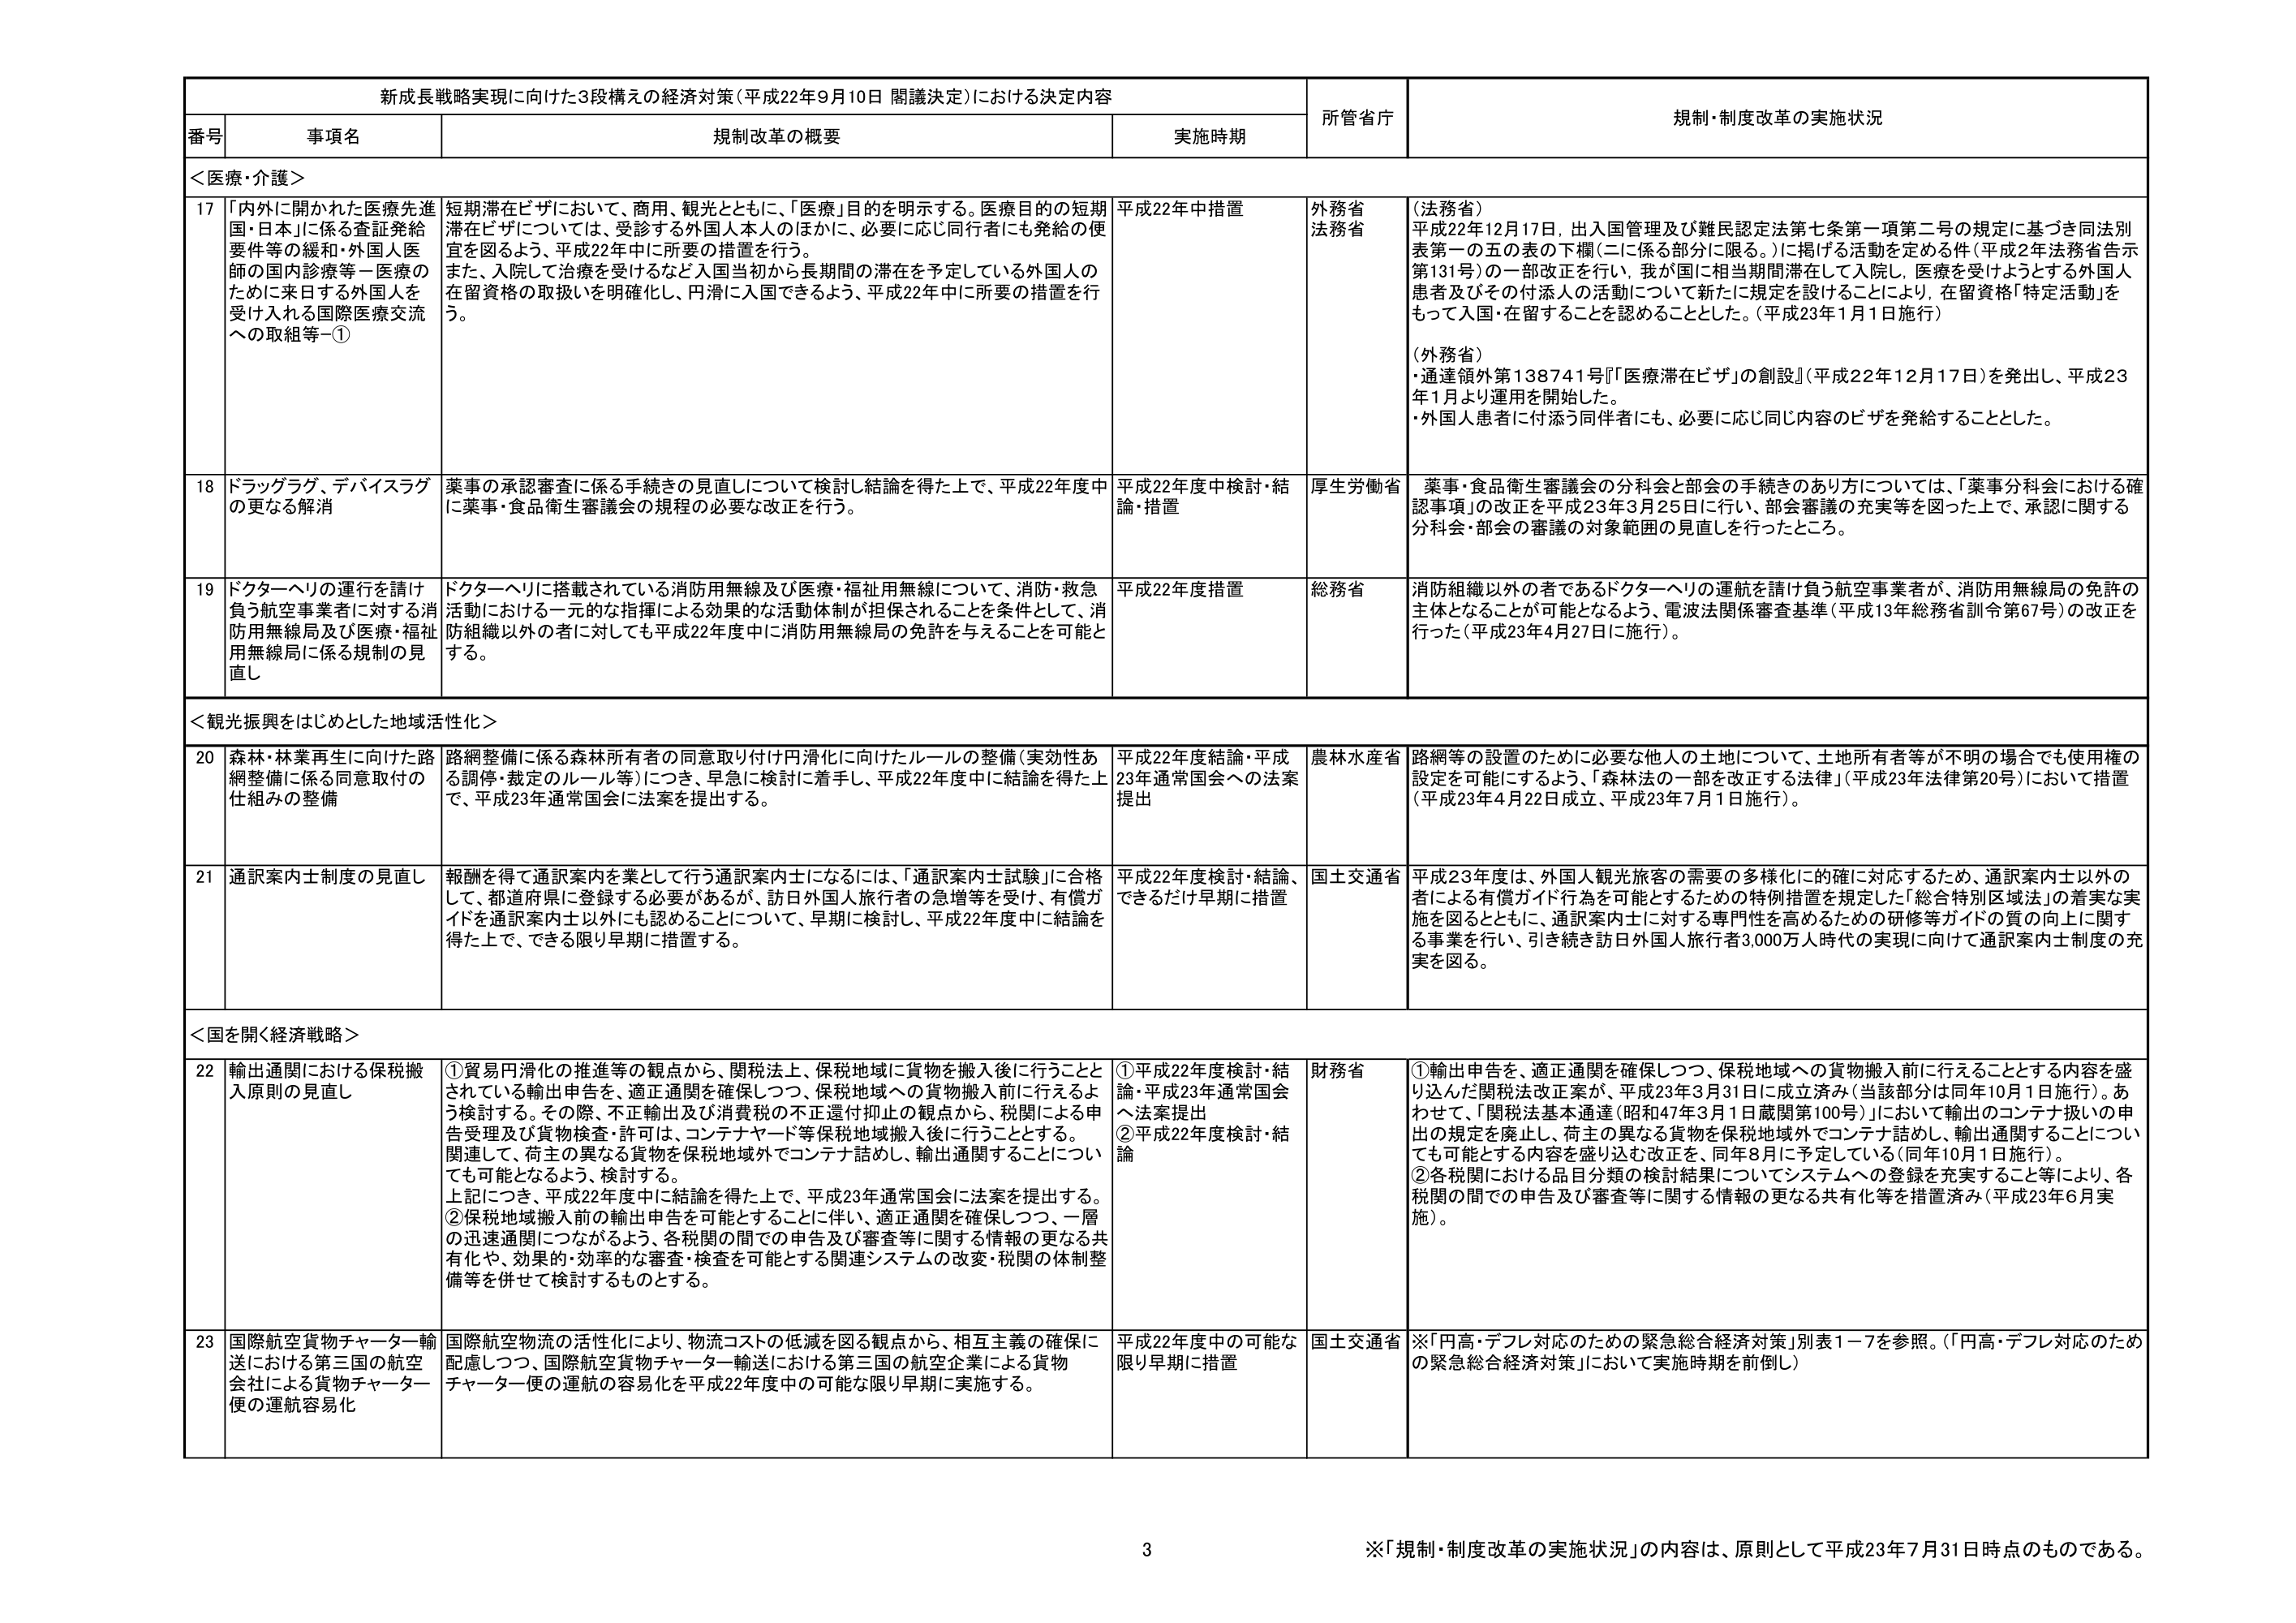
新成長戦略実現に向けた3段構えの経済対策（平成22年9月10日 閣議決定）における決定内容

番号 事項名 規制改革の概要 実施時期 所管省庁 規制・制度改革の実施状況

＜医療・介護＞

17 「内外に開かれた医療先進国・日本」に係る査証発給要件等の緩和・外国人医師の国内診療等－医療のために来日する外国人を受け入れる国際医療交流への取組等－① 短期滞在ビザにおいて、商用、観光とともに、「医療」目的を明示する。医療目的の短期滞在ビザについては、受診する外国人本人のほかに、必要に応じ同行者にも発給の便宜を図るよう、平成22年中に所要の措置を行う。 また、入院して治療を受けるなど入国当初から長期間の滞在を予定している外国人の在留資格の取扱いを明確化し、円滑に入国できるよう、平成22年中に所要の措置を行う。 平成22年中措置 外務省 法務省 （法務省） 平成22年12月17日、出入国管理及び難民認定法第七条第一項第二号の規定に基づき同法別表第一の五の表の下欄（二に係る部分に限る。）に掲げる活動を定める件（平成2年法務省告示第131号）の一部改正を行い、我が国に相当期間滞在して入院し、医療を受けようとする外国人患者及びその付添人の活動について新たに規定を設けることにより、在留資格「特定活動」をもって入国・在留することを認めることとした。（平成23年1月1日施行） （外務省） ・通達領外第138741号『「医療滞在ビザ」の創設』（平成22年12月17日）を発出し、平成23年1月より運用を開始した。 ・外国人患者に付添う同伴者にも、必要に応じ同じ内容のビザを発給することとした。

18 ドラッグラグ、デバイスラグの更なる解消 薬事の承認審査に係る手続きの見直しについて検討し結論を得た上で、平成22年度中に薬事・食品衛生審議会の規程の必要な改正を行う。 平成22年度中検討・結論・措置 厚生労働省 薬事・食品衛生審議会の分科会と部会の手続きのあり方については、「薬事分科会における確認事項」の改正を平成23年3月25日に行い、部会審議の充実等を図った上で、承認に関する分科会・部会の審議の対象範囲の見直しを行ったところ。

19 ドクターヘリの運行を請け負う航空事業者に対する消防用無線局及び医療・福祉用無線局に係る規制の見直し ドクターヘリに搭載されている消防用無線及び医療・福祉用無線について、消防・救急活動における一元的な指揮による効果的な活動体制が担保されることを条件として、消防組織以外の者に対しても平成22年度中に消防用無線局の免許を与えることを可能とする。 平成22年度措置 総務省 消防組織以外の者であるドクターヘリの運航を請け負う航空事業者が、消防用無線局の免許の主体となることが可能となるよう、電波法関係審査基準（平成13年総務省訓令第67号）の改正を行った（平成23年4月27日に施行）。

＜観光振興をはじめとした地域活性化＞

20 森林・林業再生に向けた路網整備に係る同意取付の仕組みの整備 路網整備に係る森林所有者の同意取り付け円滑化に向けたルールの整備（実効性ある調停・裁定のルール等）につき、早急に検討に着手し、平成22年度中に結論を得た上で、平成23年通常国会に法案を提出する。 平成22年度結論・平成23年通常国会への法案提出 農林水産省 路網等の設置のために必要な他人の土地について、土地所有者等が不明の場合でも使用権の設定を可能にするよう、「森林法の一部を改正する法律」（平成23年法律第20号）において措置（平成23年4月22日成立、平成23年7月1日施行）。

21 通訳案内士制度の見直し 報酬を得て通訳案内を業として行う通訳案内士になるには、「通訳案内士試験」に合格して、都道府県に登録する必要があるが、訪日外国人旅行者の急増等を受け、有償ガイドを通訳案内士以外にも認めることについて、早期に検討し、平成22年度中に結論を得た上で、できる限り早期に措置する。 平成22年度検討・結論、できるだけ早期に措置 国土交通省 平成23年度は、外国人観光旅客の需要の多様化に的確に対応するため、通訳案内士以外の者による有償ガイド行為を可能とするための特例措置を規定した「総合特別区域法」の着実な実施を図るとともに、通訳案内士に対する専門性を高めるための研修等ガイドの質の向上に関する事業を行い、引き続き訪日外国人旅行者3,000万人時代の実現に向けて通訳案内士制度の充実を図る。

＜国を開く経済戦略＞

22 輸出通関における保税搬入原則の見直し ①貿易円滑化の推進等の観点から、関税法上、保税地域に貨物を搬入後に行うこととされている輸出申告を、適正通関を確保しつつ、保税地域への貨物搬入前に行えるよう検討する。その際、不正輸出及び消費税の不正還付抑止の観点から、税関による申告受理及び貨物検査・許可は、コンテナヤード等保税地域搬入後に行うこととする。 関連して、荷主の異なる貨物を保税地域外でコンテナ詰めし、輸出通関することについても可能となるよう、検討する。 上記につき、平成22年度中に結論を得た上で、平成23年通常国会に法案を提出する。 ②保税地域搬入前の輸出申告を可能とすることに伴い、適正通関を確保しつつ、一層の迅速通関につながるよう、各税関の間での申告及び審査等に関する情報の更なる共有化や、効果的・効率的な審査・検査を可能とする関連システムの改変・税関の体制整備等を併せて検討するものとする。 ①平成22年度検討・結論・平成23年通常国会へ法案提出 ②平成22年度検討・結論 財務省 ①輸出申告を、適正通関を確保しつつ、保税地域への貨物搬入前に行えることとする内容を盛り込んだ関税法改正案が、平成23年3月31日に成立済み（当該部分は同年10月1日施行）。あわせて、「関税法基本通達（昭和47年3月1日蔵関第100号）」において輸出のコンテナ扱いの申出の規定を廃止し、荷主の異なる貨物を保税地域外でコンテナ詰めし、輸出通関することについても可能とする内容を盛り込む改正を、同年8月に予定している（同年10月1日施行）。 ②各税関における品目分類の検討結果についてシステムへの登録を充実すること等により、各税関の間での申告及び審査等に関する情報の更なる共有化等を措置済み（平成23年6月実施）。

23 国際航空貨物チャーター輸送における第三国の航空会社による貨物チャーター便の運航容易化 国際航空物流の活性化により、物流コストの低減を図る観点から、相互主義の確保に配慮しつつ、国際航空貨物チャーター輸送における第三国の航空企業による貨物チャーター便の運航の容易化を平成22年度中の可能な限り早期に実施する。 平成22年度中の可能な限り早期に措置 国土交通省 ※「円高・デフレ対応のための緊急総合経済対策」別表1－7を参照。（「円高・デフレ対応のための緊急総合経済対策」において実施時期を前倒し）

3 ※「規制・制度改革の実施状況」の内容は、原則として平成23年7月31日時点のものである。